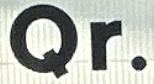
Qr.